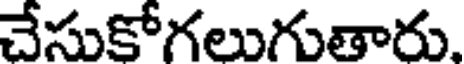
చేసుకోగలుగుతారు.